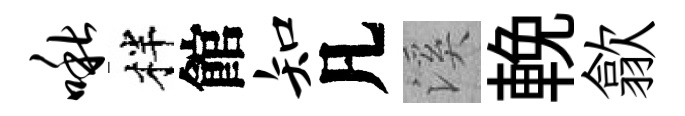
啾柈館知凡溪輓歙